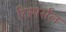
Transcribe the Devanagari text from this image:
रिस्पर्सल